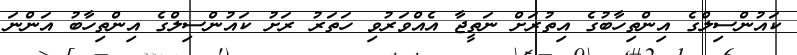
ކައުންސިލްގެ އިންތިހާބުގެ އިތުރަށް ނަތީޖާ އެއްވަރުވި ހަތަރު ރަށު ކައުންސިލްގެ އިންތިހާބު އަންނަ